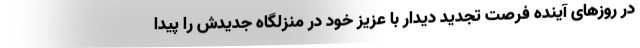
در روزهای آینده فرصت تجدید دیدار با عزیز خود در منزلگاه جدیدش را پیدا